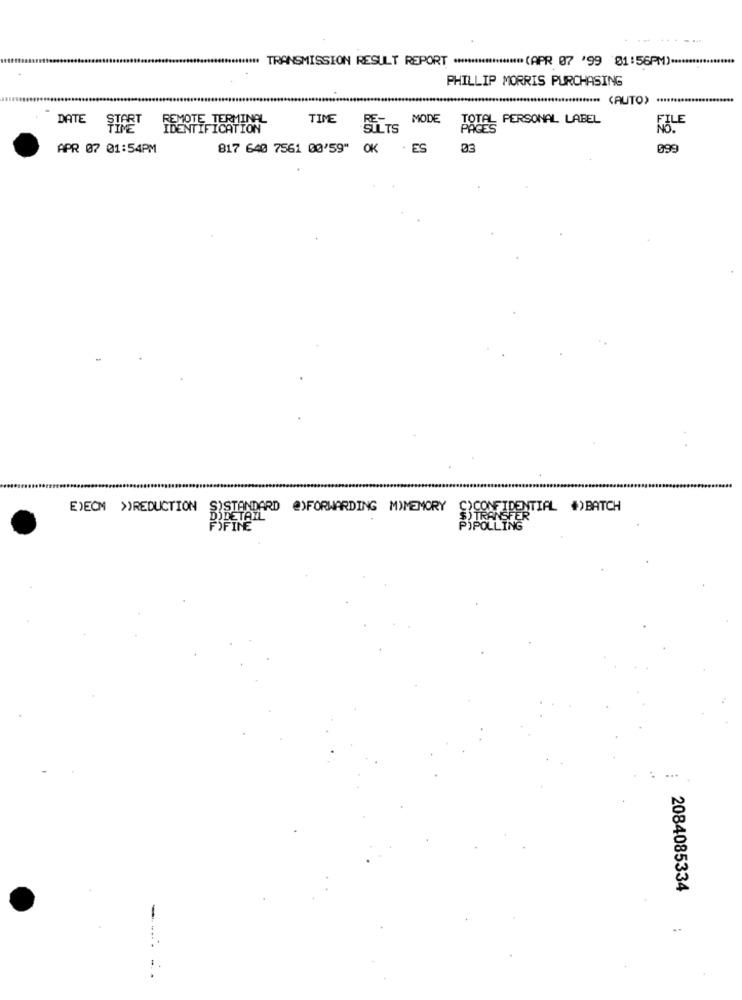
**** TRANSMISSION RESULT REPORT ****************** (APR 07 '99 01:56PM)-
PHILLIP MORRIS PURCHASING
(AUTO)
DATE
START
REMOTE TERMINAL
TIME
RE-
MODE
TOTAL PERSONAL LABEL
NTIFICATION
SILTS
PAGES
PILE
APR 07 01:54PM
817 640 7561 00'59" OK
. ES
03
099
E)ECM >)REDUCTION
S'STANDARD @)FORWARDING MYMEMORY
C)CONFIDENTIAL #)BATCH
DIDETAIL
FER
FIFINE
PIPOLLING
...
2084085334
..